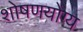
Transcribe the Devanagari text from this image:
शोषणयोग्य